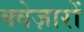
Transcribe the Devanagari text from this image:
क्वेज़ारों